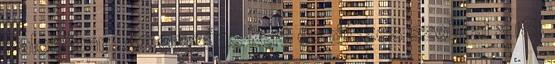
Palotában. Az elegáns kert és díszes szobrai a 18.